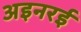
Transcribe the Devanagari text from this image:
अइनरई